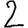
Digit: 2